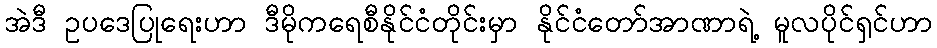
အဲဒီ ဥပဒေပြုရေးဟာ ဒီမိုကရေစီနိုင်ငံတိုင်းမှာ နိုင်ငံတော်အာဏာရဲ့ မူလပိုင်ရှင်ဟာ